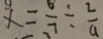
x = \frac { 6 } { 7 } \div \frac { 2 } { 9 }